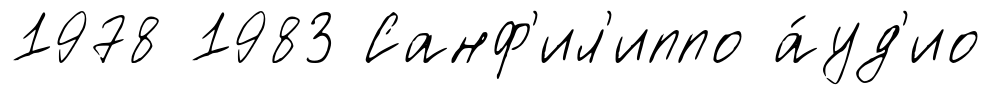
1978 1983 Санф'ил'иппо а́уд'ио